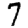
Digit: 7